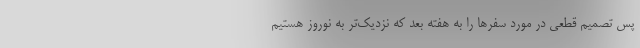
پس تصمیم قطعی در مورد سفرها را به هفته بعد که نزدیک‌تر به نوروز هستیم